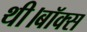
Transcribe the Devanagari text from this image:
थी।बॉक्स